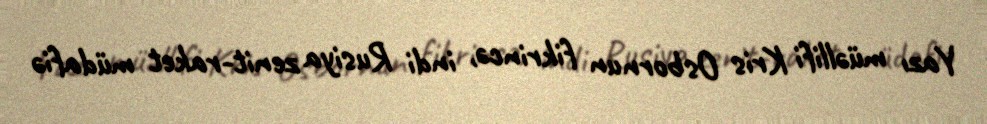
Yazı müəllifi Kris Osbornun fikrincə, indi Rusiya zenit-raket müdafiə